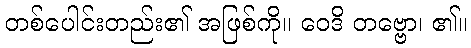
တစ်ပေါင်းတည်း၏ အဖြစ်ကို။ ဝေဒိ တဗ္ဗော၊ ၏။